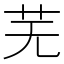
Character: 芜